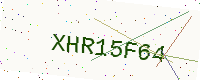
Text: XHR15F64